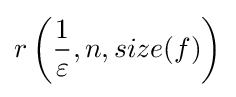
r\left({\frac {1}{\varepsilon }},n,size(f)\right)